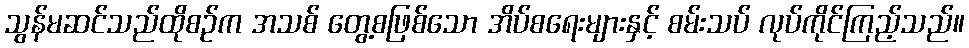
သွန်မဆင်သည်ထိုစဉ်က အသစ် တွေ့စဖြစ်သော အိပ်စရေးများနှင့် စမ်းသပ် လုပ်ကိုင်ကြည့်သည်။